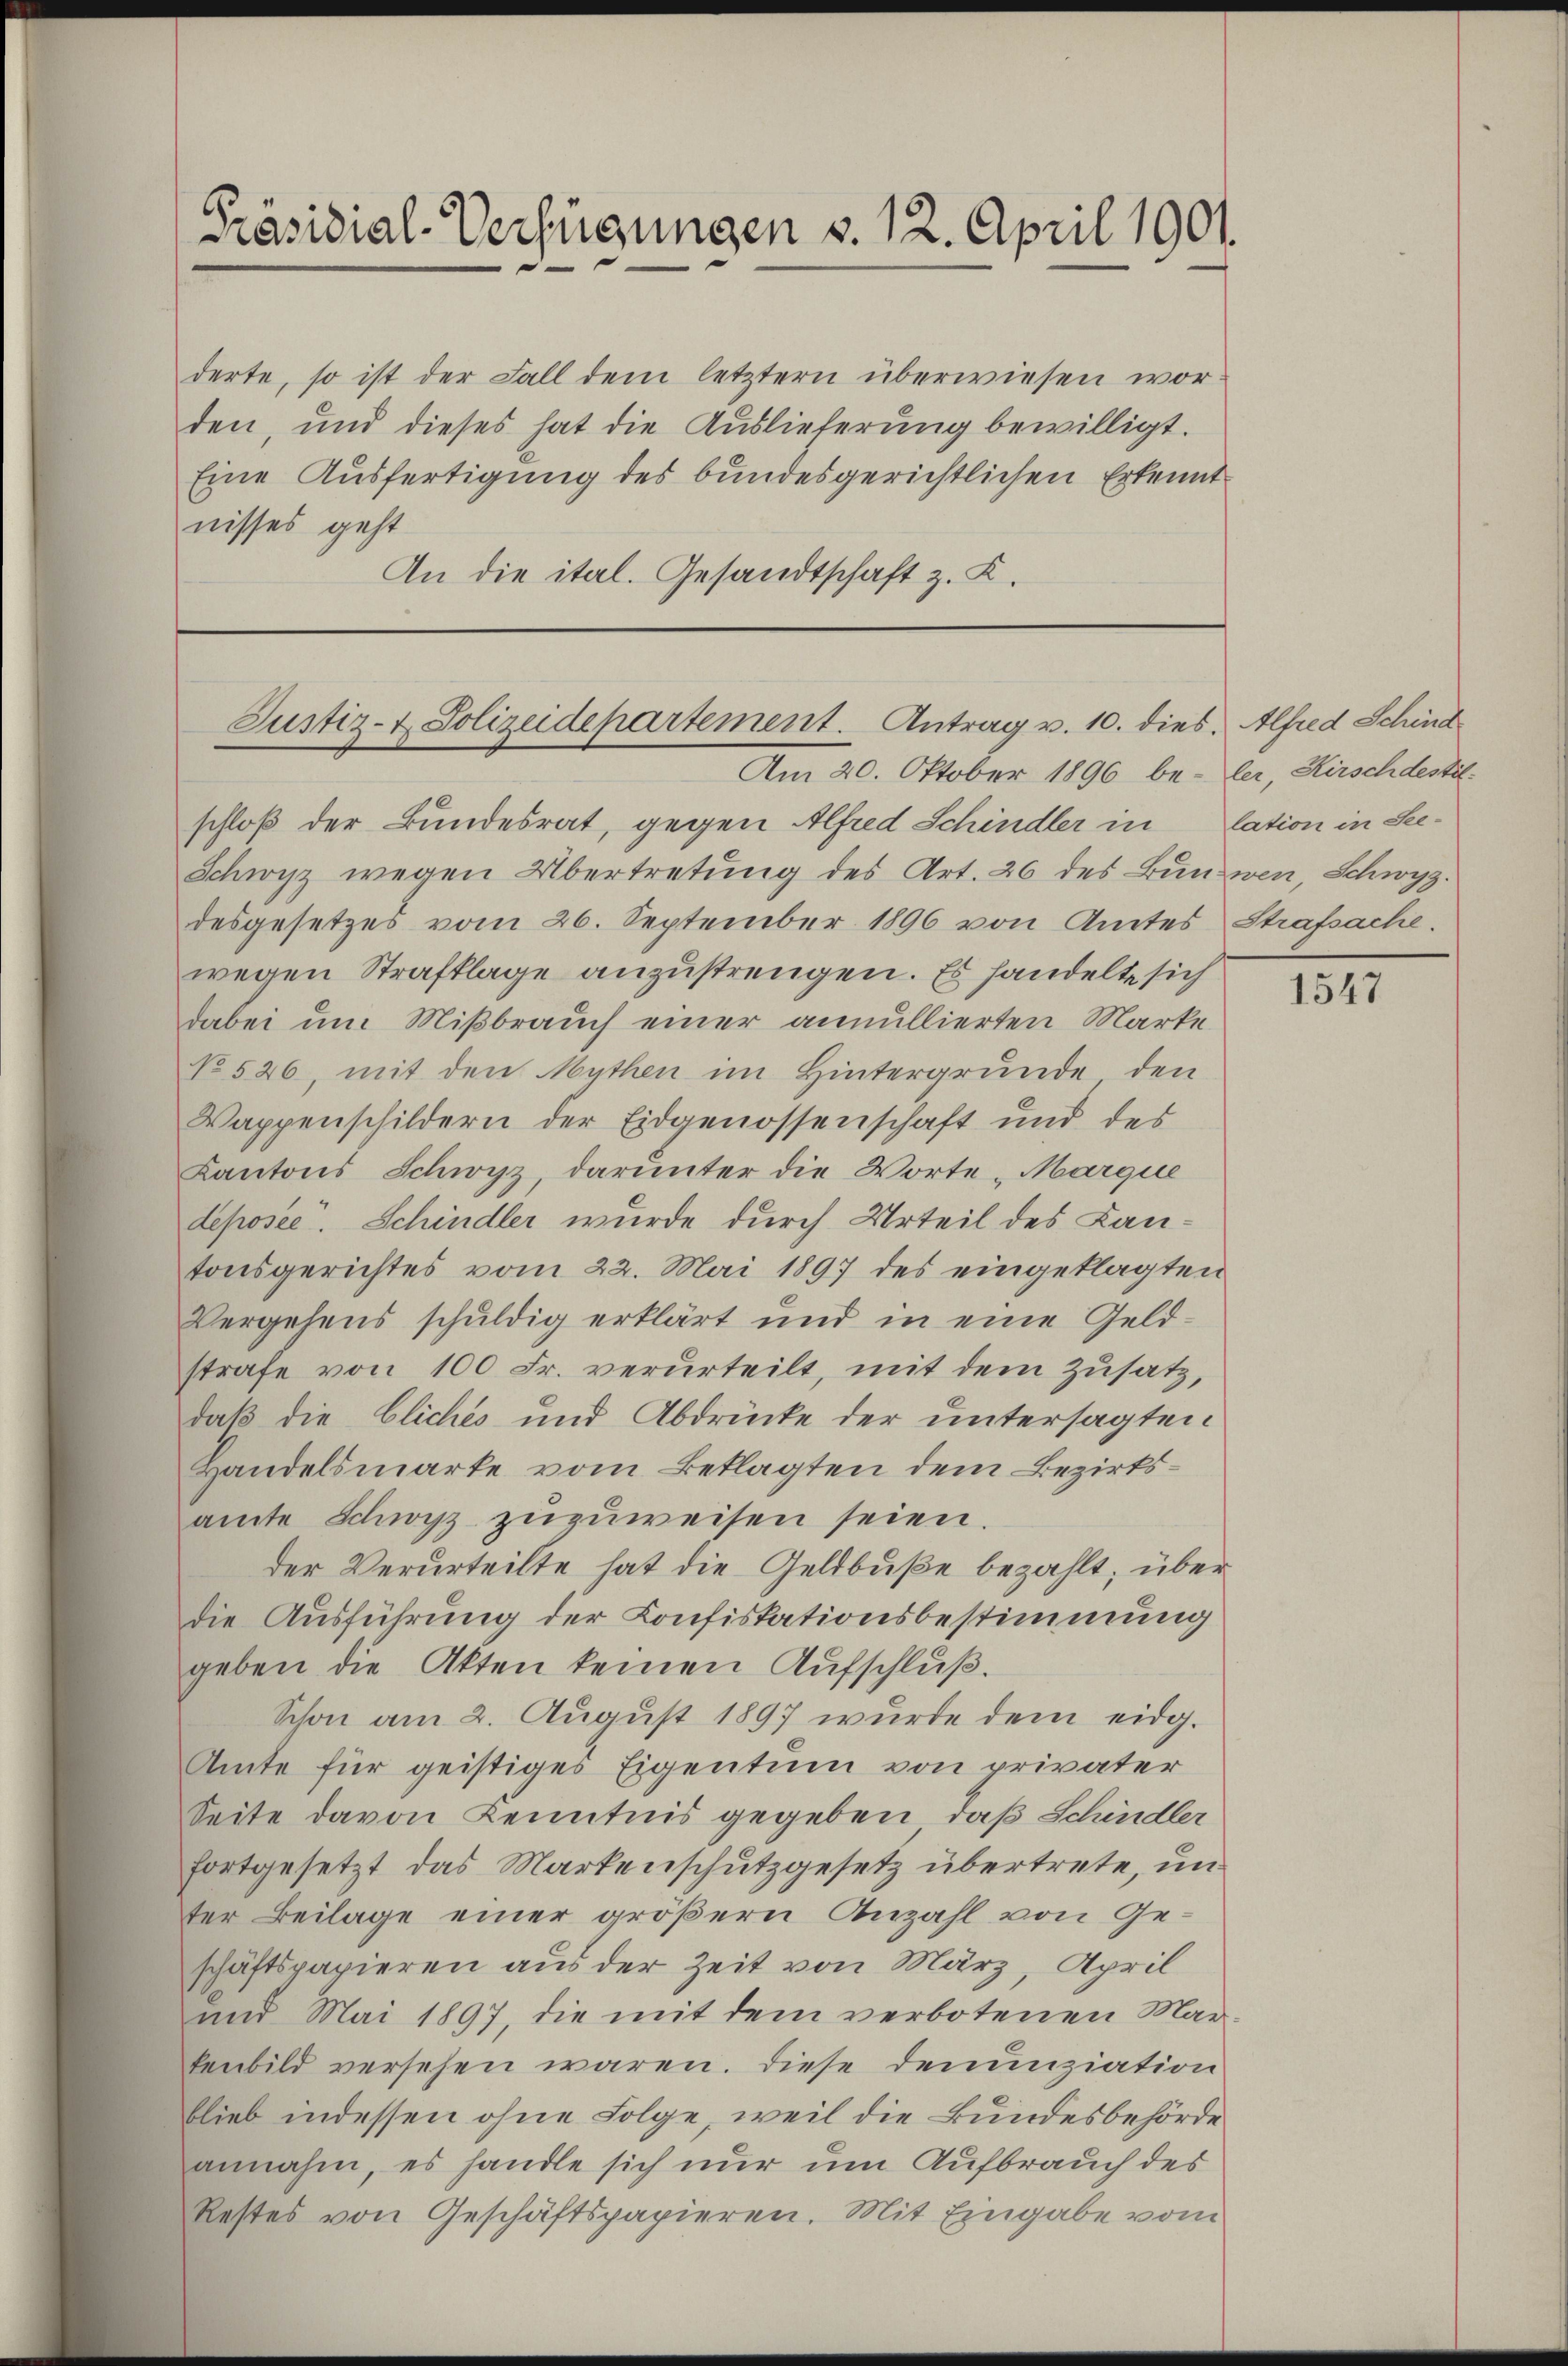
derte, so ist der Fall dem letztern überwiesen worden, und dieses hat die Auslieferung bewilligt.
Eine Ausfertigung des bundesgerichtlichen Erkennt
nisses geht
An die ital. Gesandtschaft z. K.

Präsidial-Verfügungen v. 12. April 1901.

Justiz- & Polizeidepartement. Antrag v. 10. dies. Alfred Schind
Am 20. Oktober 1890 be- ler, Hirschdestel¬

schloß der Bundesrat, gegen Alfred Schindler in lation in See¬
Schwyz wegen Übertretung des Art. 26 des Bundwen, Schwyz.
desgesetzes vom 26. September 1896 von Amtes Strafsache.
wegen Strafklage anzustrengen. Es handelte sich
dabei um Mißbrauch einer annullierten Marke
No 526, mit den Mythen im Hintergrunde, den
Wappenschildern der Eidgenossenschaft und des
Kantons Schwyz, darunter die Worte „Marque
deposee. Schindler wurde durch Urteil des Lantonsgerichtes vom 22. Mai 1897 des eingeklagten
Vergehens schuldig erklärt und in eine Geldstrafe von 100 Fr. verurteilt, mit dem Zusatz,
daß die Cliches und Abdrücke der untersagten
Handelsmarke vom Beklagten dem Bezirksamte Schwyz zuzuweisen seien.
der Verurteilte hat die Geldbuße bezahlt; über
die Ausführung der Confiskationsbestimmung
geben die Akten keinen Aufschluß.
Schon am 2. August 1897 wurde dem eidg.
Amte für geistiges Eigentum von privater
Seite davon Kenntnis gegeben, daß Schindler
fortgesetzt das Markenschutzgesetz übertrete, unter Beilage einer größern Anzahl von Geschäftspapieren aus der Zeit von März, April
und Mai 1897, die mit dem verbotenen Markenbild versehen waren. Diese Denunziation
blieb indessen ohne Folge, weil die Bundesbehörde
annahm, es handle sich nur um Aufbrauch des
Restes von Geschäftspapieren. Mit Eingabe vom

1547